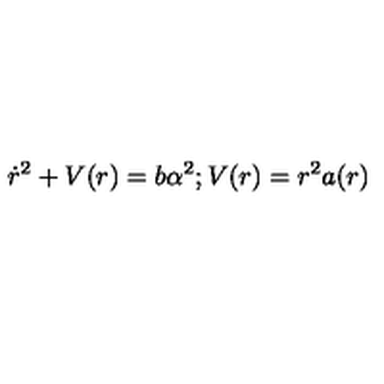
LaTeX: \dot { r } ^ { 2 } + V ( r ) = b \alpha ^ { 2 } ; V ( r ) = r ^ { 2 } a ( r )